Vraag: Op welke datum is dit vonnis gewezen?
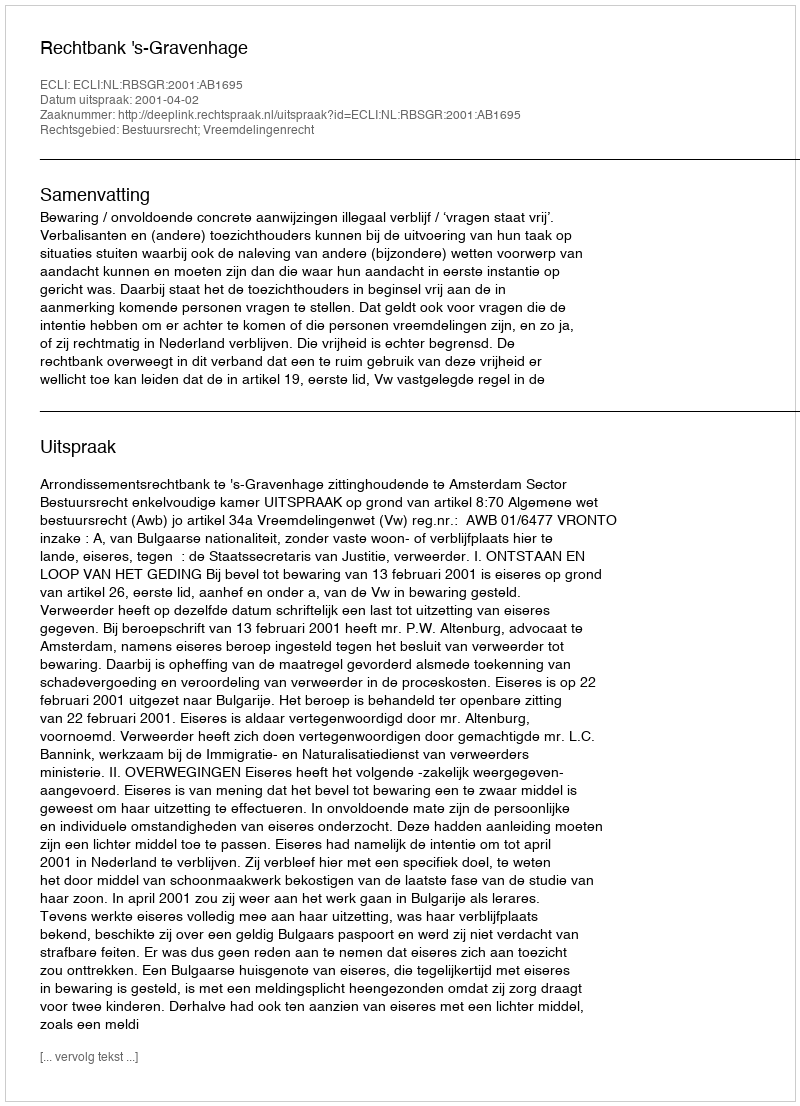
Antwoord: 2001-04-02